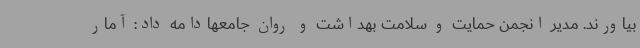
بیاورند. مدیر انجمن حمایت و سلامت بهداشت و روان جامعهادامه داد: آمار